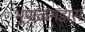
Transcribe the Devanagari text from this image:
भूपाळगडास